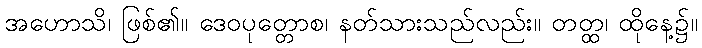
အဟောသိ၊ ဖြစ်၏။ ဒေဝပုတ္တောစ၊ နတ်သားသည်လည်း။ တတ္ထ၊ ထိုနေ့၌။